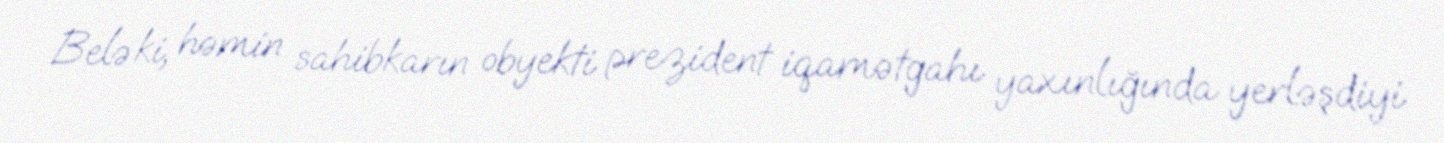
Belə ki, həmin sahibkarın obyekti prezident iqamətgahı yaxınlığında yerləşdiyi